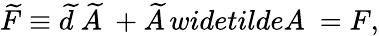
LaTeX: \widetilde{F}\equiv\widetilde{d}\ \widetilde{A}\ +\widetilde{A}\, widetilde{A}\ =F,